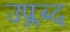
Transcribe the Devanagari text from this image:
उप्लब्द